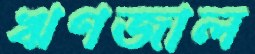
ঋণজাল